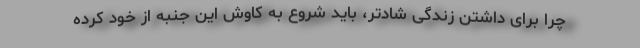
چرا برای داشتن زندگی شادتر،‌ باید شروع به کاوش این جنبه از خود کرده